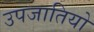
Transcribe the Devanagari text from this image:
उपजातियो